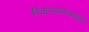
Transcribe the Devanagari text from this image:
विचारस्वातंत्र्यामुळेच